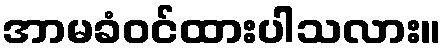
အာမခံဝင်ထားပါသလား။